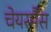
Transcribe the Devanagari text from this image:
चेयरर्मैंस